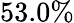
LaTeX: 53.0\%